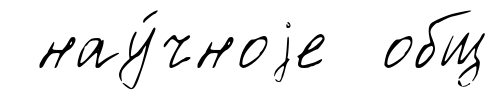
нау́чноjе общ